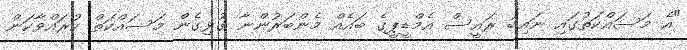
"އެ މަސައްކަތުގައި ނައިބު ރައީސް އެމްޑީޕީގެ ބައެއް މެންބަރުންނާ ގުޅިގެން މަސައްކަތް ކުރައްވާކަން